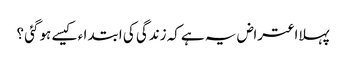
پہلااعتراض یہ ہےکہ زندگی کی ابتدا ء کیسے ہوگئی ؟